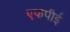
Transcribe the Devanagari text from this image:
एफपीई